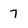
Character: 7